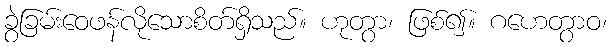
ခွဲခြမ်းဝေဖန်လိုသောစိတ်ရှိသည်။ ဟုတွာ၊ ဖြစ်၍။ ဂဟေတွာဝ၊